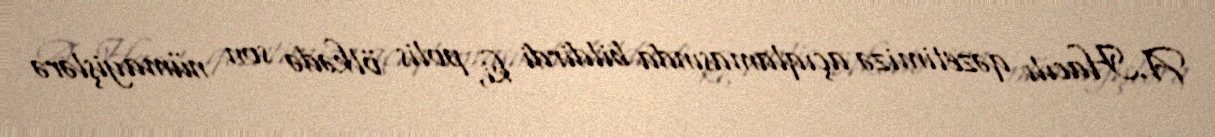
A.Hacılı qəzetimizə açıqlamasında bildirdi ki, polis ölkədə son nümayişlərə